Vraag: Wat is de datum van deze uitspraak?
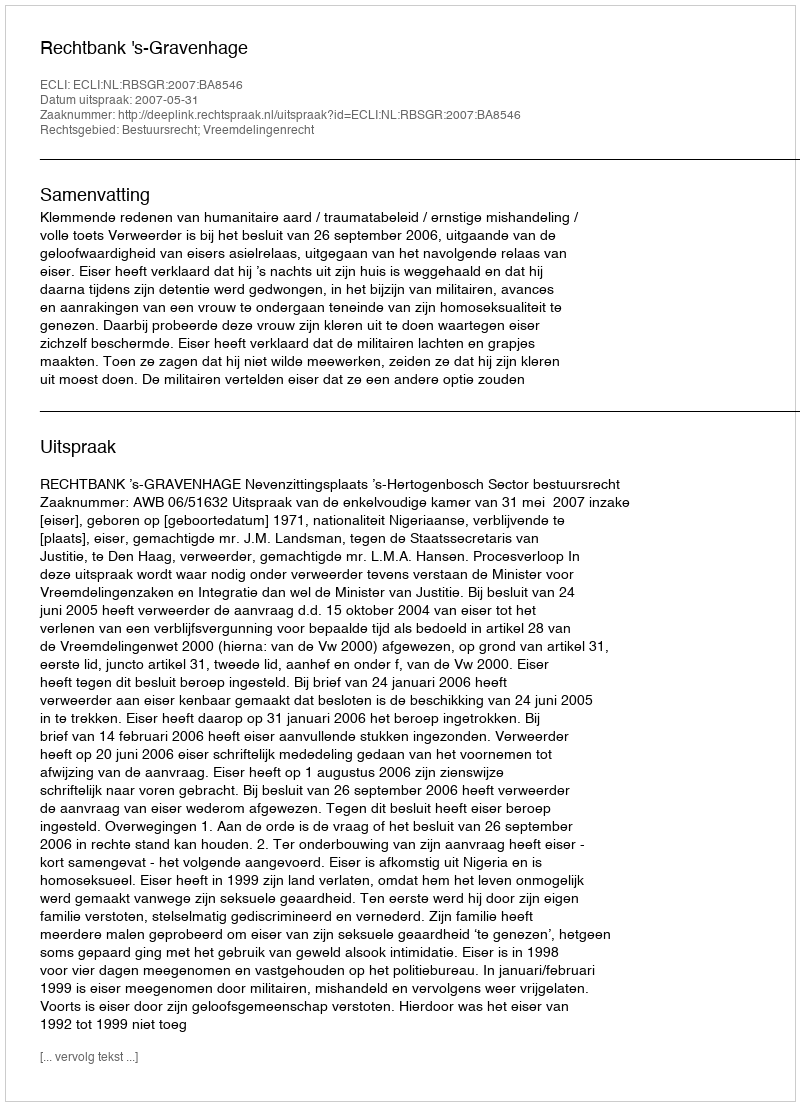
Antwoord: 2007-05-31